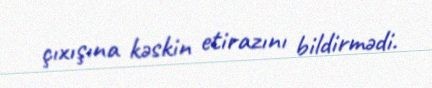
çıxışına kəskin etirazını bildirmədi.